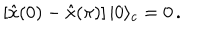
\left[ \hat { x } ( 0 ) - \hat { x } ( \pi ) \right] | 0 \rangle _ { c } = 0 \, .